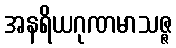
အနရိယဂုဏမာသဇ္ဇ